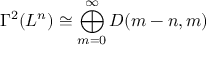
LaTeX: \Gamma ^ { 2 } ( L ^ { n } ) \cong \bigoplus _ { m = 0 } ^ { \infty } D ( m - n , m )